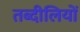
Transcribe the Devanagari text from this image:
तब्दीलियों